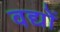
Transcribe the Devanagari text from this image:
वद्यों